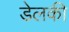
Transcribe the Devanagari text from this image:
डेलकी